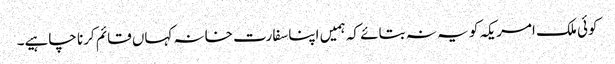
کوئی ملک امریکہ کو یہ نہ بتائے کہ ہمیں اپنا سفارت خانہ کہاں قائم کرنا چاہیے۔